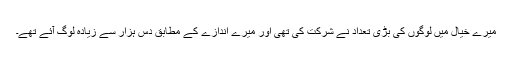
میرے خیال میں لوگوں کی بڑی تعداد نے شرکت کی تھی اور میرے اندازے کے مطابق دس ہزار سے زیادہ لوگ آئے تھے۔